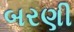
બરણી